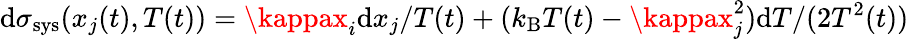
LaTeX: \mathrm{d}\sigma_{\mathrm{{sys}}}(x_{j}(t),T(t))=\kappax_{i}\mathrm{d}x_{j}/T(t)+(k_{\mathrm{{B}}}T(t)-\kappax_{j}^{2})\mathrm{d}T/(2T^{2}(t))